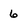
Character: 6